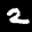
Label: 2